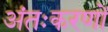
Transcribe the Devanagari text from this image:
अंतःकरणों